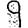
Digit: 9